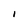
Character: I